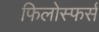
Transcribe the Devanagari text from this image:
फिलोस्फर्स